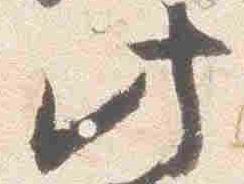
此